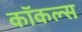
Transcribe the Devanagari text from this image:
कॉकल्स